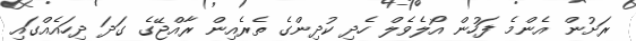
ރަށުން އެންމެ ފަހުން އޯލެވެލް ހެދި ކުދިންގެ ތެރެއިން ރާއްޖޭގެ ގަދަ ދިހައެއްގައި